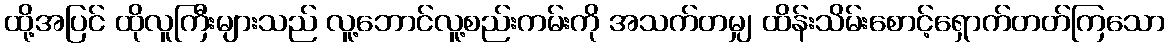
ထို့အပြင် ထိုလူကြီးများသည် လူ့ဘောင်လူ့စည်းကမ်းကို အသက်တမျှ ထိန်းသိမ်းစောင့်ရှောက်တတ်ကြသော